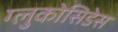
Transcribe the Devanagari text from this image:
ग्लुकोसिडेस